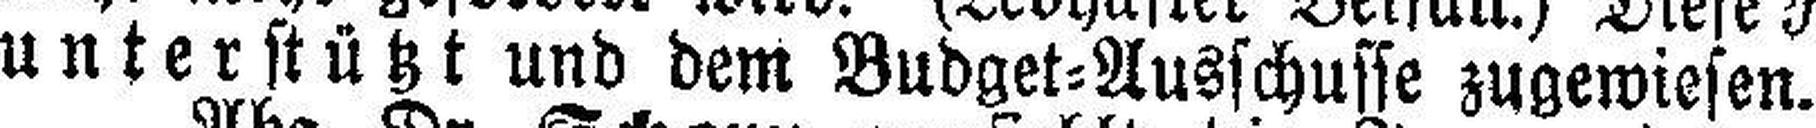
unterstützt und dem Budget=Ausschusse zugewiesen.